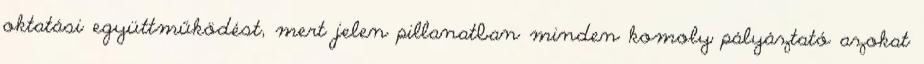
oktatási együttműködést, mert jelen pillanatban minden komoly pályáztató azokat